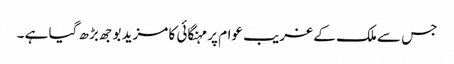
جس سے ملک کے غریب عوام پر مہنگائی کا مزید بوجھ بڑھ گیا ہے ۔